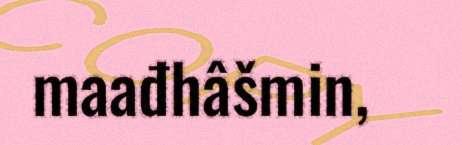
maađhâšmin,